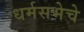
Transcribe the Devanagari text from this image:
धर्मसभेचे